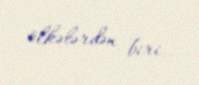
ölkələrdən biri..